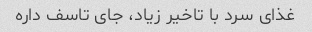
غذای سرد با تاخیر زیاد، جای تاسف داره